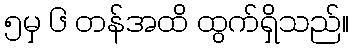
၅မှ ၆ တန်အထိ ထွက်ရှိသည်။